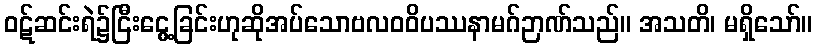
ဝဋ်ဆင်းရဲ၌ငြီးငွေ့ခြင်းဟုဆိုအပ်သောဗလဝဝိပဿနာမဂ်ဉာဏ်သည်။ အသတိ၊ မရှိသော်။